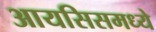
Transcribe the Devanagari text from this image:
आयसिसमध्ये